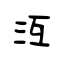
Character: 沍